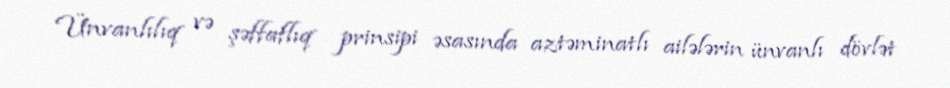
Ünvanlılıq və şəffaflıq prinsipi əsasında aztəminatlı ailələrin ünvanlı dövlət